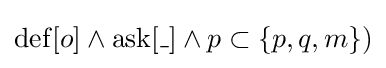
\operatorname {def} [o]\land \operatorname {ask} [\_]\land p\subset \{p,q,m\})